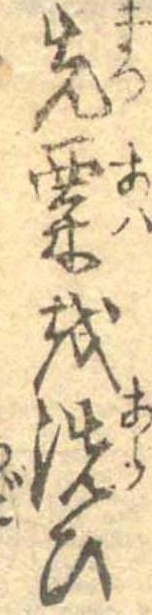
先粟を洗ひ